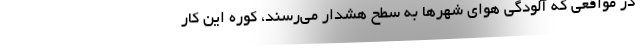
در مواقعی که آلودگی هوای شهرها به سطح هشدار می‌رسند، کوره این کار